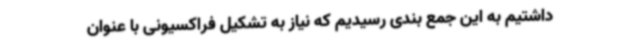
داشتیم به این جمع بندی رسیدیم که نیاز به تشکیل فراکسیونی با عنوان